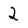
Character: 2